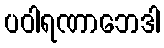
ပဝါရဏာဘေဒါ